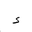
Letter: _hamza